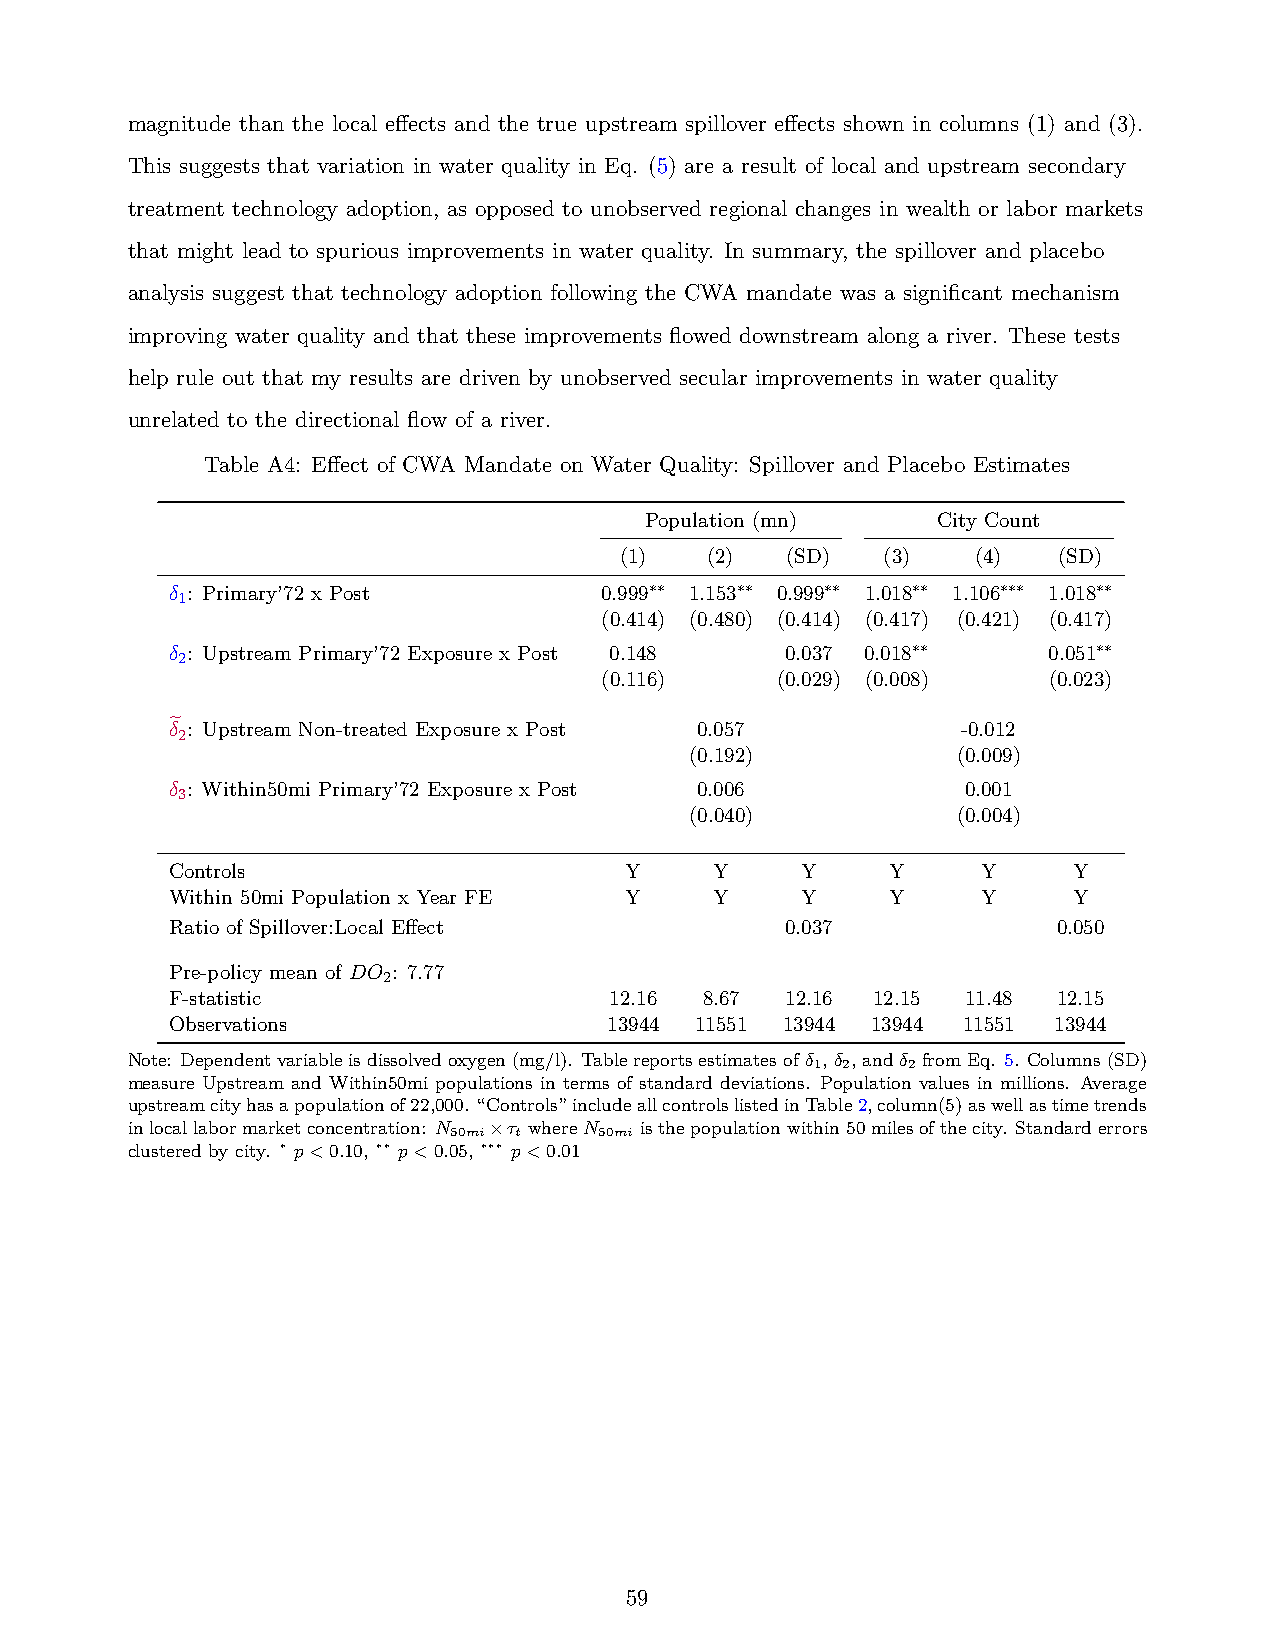
magnitude than the local effects and the true upstream spillover effects shown in columns (1) and (3).
 This suggests that variation in water quality in Eq. (5) are a result of local and upstream secondary
 treatment technology adoption, as opposed to unobserved regional changes in wealth or labor markets
 that might lead to spurious improvements in water quality. In summary, the spillover and placebo
 analysis suggest that technology adoption following the CWA mandate was a significant mechanism
 improving water quality and that these improvements flowed downstream along a river. These tests
 help rule out that my results are driven by unobserved secular improvements in water quality
 unrelated to the directional flow of a river.
 Table A4: Effect of CWA Mandate on Water Quality: Spillover and Placebo Estimates
 Population (mn)    City Count
 (1)   (2)  (SD)   (3)   (4)  (SD)
 δ : Primary’72 x Post        0.999∗∗ 1.153∗∗ 0.999∗∗ 1.018∗∗ 1.106∗∗∗ 1.018∗∗
 1
 (0.414) (0.480) (0.414) (0.417) (0.421) (0.417)
 δ : Upstream Primary’72 Exposure x Post 0.148 0.037 0.018∗∗ 0.051∗∗
 2
 (0.116)    (0.029) (0.008)   (0.023)
 δe2: Upstream Non-treated Exposure x Post 0.057      -0.012
 (0.192)          (0.009)
 δ : Within50mi Primary’72 Exposure x Post 0.006      0.001
 3
 (0.040)          (0.004)
 Controls                      Y     Y     Y     Y     Y     Y
 Within 50mi Population x Year FE Y  Y     Y     Y     Y     Y
 Ratio of Spillover:Local Effect          0.037             0.050
 Pre-policy mean of DO : 7.77
 2
 F-statistic                  12.16  8.67 12.16 12.15 11.48 12.15
 Observations                 13944 11551 13944 13944 11551 13944
 Note: Dependentvariableisdissolvedoxygen(mg/l). Tablereportsestimatesofδ ,δ ,andδ fromEq. 5. Columns(SD)
 1 2   2
 measure Upstream and Within50mi populations in terms of standard deviations. Population values in millions. Average
 upstreamcityhasapopulationof22,000. “Controls”includeallcontrolslistedinTable2,column(5)aswellastimetrends
 inlocallabormarketconcentration: N ×τ whereN isthepopulationwithin50milesofthecity. Standarderrors
 50mi t    50mi
 clustered by city. ∗ p<0.10, ∗∗ p<0.05, ∗∗∗ p<0.01
 59